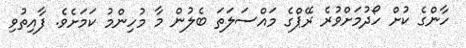
ހާންގެ ކުށް ހޯދުމަށްވުރެ ރޭޕްގެ މައްސަލަތަ ބެލުން މާ މުހިންމު ކަމަށެވެ. ފާއިތުވި